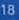
18